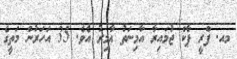
މއ. ފްރީ ޕާކް ޖުމައިރާ އާމިނަތު ޢާމިރު އެވެ. 35 އަހަރުން މަތީގެ